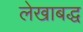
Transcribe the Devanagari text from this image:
लेखाबद्ध